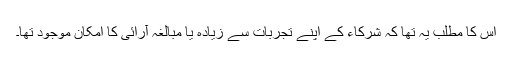
اس کا مطلب یہ تھا کہ شرکاء کے اپنے تجربات سے زیادہ یا مبالغہ آرائی کا امکان موجود تھا۔